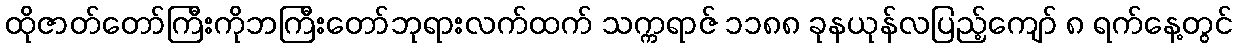
ထိုဇာတ်တော်ကြီးကိုဘကြီးတော်ဘုရားလက်ထက် သက္ကရာဇ် ၁၁၈၈ ခုနယုန်လပြည့်ကျော် ၈ ရက်နေ့တွင်